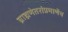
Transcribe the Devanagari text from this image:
ब्राह्मणेतरांप्रमाणेंच